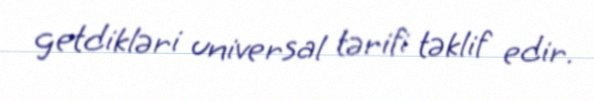
getdikləri universal tərifi təklif edir.